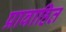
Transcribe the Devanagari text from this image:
प्रावाहित